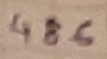
Text: 486